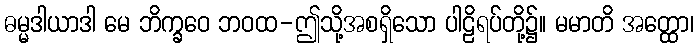
ဓမ္မဒါယာဒါ မေ ဘိက္ခဝေ ဘဝထ-ဤသို့အစရှိသော ပါဠိရပ်တို့၌။ မမာတိ အတ္ထော၊